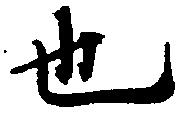
也